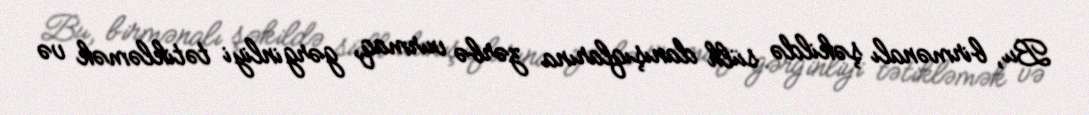
Bu, birmənalı şəkildə sülh danışıqlarına zərbə vurmaq, gərginliyi tətikləmək və